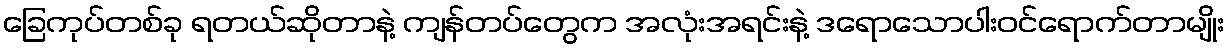
ခြေကုပ်တစ်ခု ရတယ်ဆိုတာနဲ့ ကျန်တပ်တွေက အလုံးအရင်းနဲ့ ဒရောသောပါးဝင်ရောက်တာမျိုး